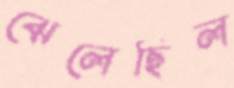
ঝেলেছিল